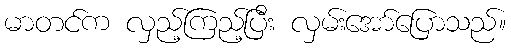
မာတင်က လှည့်ကြည့်ပြီး လှမ်းအော်ပြောသည်။